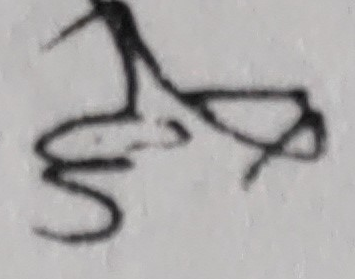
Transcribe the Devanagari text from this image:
सा